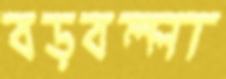
বড়বল্লা